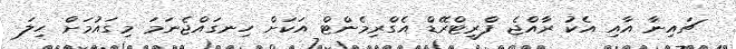
ޗައިނާ އާއި އެކު ރާއްޖެ ފްރީޓްރޭޑް އެގްރިމެންޓް އަކަށް ހިނގައްޖެނަމަ މިގައުމަށް ހިލަ